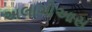
અલાગોઆસ